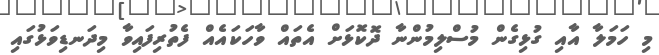
މި ހަމަލާ އާއި ގުޅިގެން މުސްލިމުންނާ ދޮކޮޅަށް އެތައް ވާހަކައެއް ފެތުރިފައިވާ މިދަނޑިވަޅުގައި